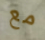
مع